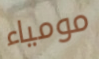
مومياء